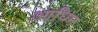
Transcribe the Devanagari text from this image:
आधिन